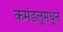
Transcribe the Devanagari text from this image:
कमंडलूमधून